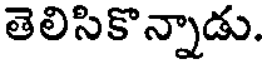
తెలిసికొన్నాడు.